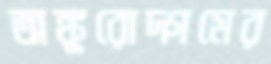
অঙ্কুরোদ্গমের